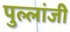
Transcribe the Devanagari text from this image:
पुल्लांजी